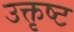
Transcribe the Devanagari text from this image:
उक्तृष्ट